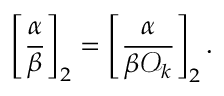
\left[ { \frac { \alpha } { \beta } } \right] _ { 2 } = \left[ { \frac { \alpha } { \beta { \mathcal { O } } _ { k } } } \right] _ { 2 } .